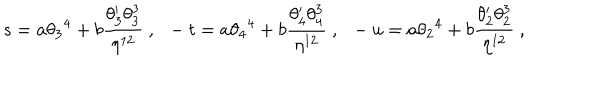
s = a { \theta _ { 3 } } ^ { 4 } + b { \frac { \theta _ { 3 } ^ { \prime } \theta _ { 3 } ^ { 3 } } { \eta ^ { 1 2 } } } \ , \ \ - t = a { \theta _ { 4 } } ^ { 4 } + b { \frac { \theta _ { 4 } ^ { \prime } \theta _ { 4 } ^ { 3 } } { \eta ^ { 1 2 } } } \ , \ \ - u = a { \theta _ { 2 } } ^ { 4 } + b { \frac { \theta _ { 2 } ^ { \prime } \theta _ { 2 } ^ { 3 } } { \eta ^ { 1 2 } } } \ ,